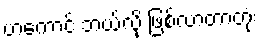
ဟကောင် ဘယ်လို ဖြစ်လာတာတုံး